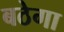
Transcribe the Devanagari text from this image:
बठेगा